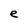
Character: e